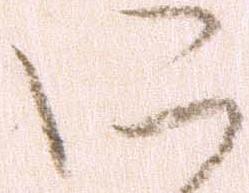
に